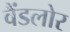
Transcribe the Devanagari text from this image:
वैंडलोर